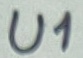
Text: U1U1